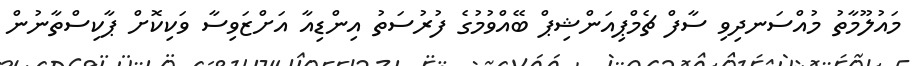
މައުލޫމާތު މުއްސަނދިވި ސާފް ޗެމްޕިއަންޝިޕް ބޭއްވުމުގެ ފުރުސަތު އިންޑިއާ އަށްޒަވިސާ ވަކިކޮށް ޕާކިސްތާނުން